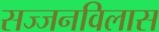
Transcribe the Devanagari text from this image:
सज्जनविलास